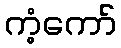
ကံ့ကော်